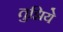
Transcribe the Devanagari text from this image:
तुझिये